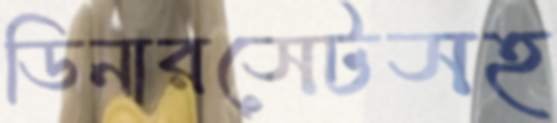
ডিনারসেটসহ